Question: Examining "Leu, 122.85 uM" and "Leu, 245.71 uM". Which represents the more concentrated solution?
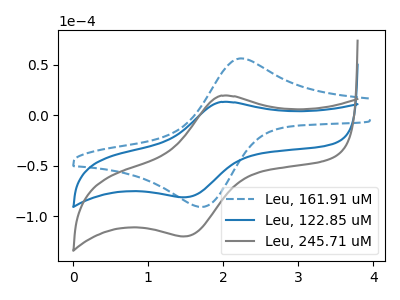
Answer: <think>The blue dashed curve "Leu, 161.91 uM" has an anodic peak at (2.25V, 56.10uA) and a cathodic peak at (1.70V, -90.85uA). The blue curve "Leu, 122.85 uM" has an anodic peak at (1.95V, 13.00uA) and a cathodic peak at (1.45V, -81.35uA). The gray curve "Leu, 245.71 uM" has an anodic peak at (1.95V, 19.15uA) and a cathodic peak at (1.45V, -120.10uA).
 All the peaks in "Leu, 122.85 uM" have a peak in "Leu, 245.71 uM" at the same potential. Every peak in "Leu, 122.85 uM" is lower than every peak in "Leu, 245.71 uM".</think>
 <answer>"Leu, 122.85 uM" has less signal than "Leu, 245.71 uM" and so likely has a lower concentration.</answer>
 <eval>less_concentration</eval>